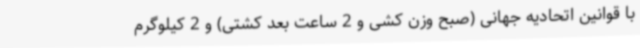
با قوانین اتحادیه جهانی (صبح وزن کشی و 2 ساعت بعد کشتی) و 2 کیلوگرم